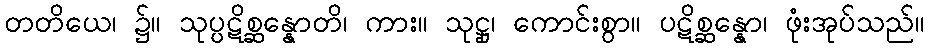
တတိယေ၊ ၌။ သုပ္ပဋိစ္ဆန္နောတိ၊ ကား။ သုဋ္ဌု၊ ကောင်းစွာ။ ပဋိစ္ဆန္နော၊ ဖုံးအုပ်သည်။